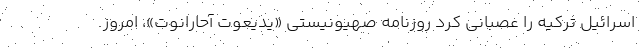
اسرائیل ترکیه را عصبانی کرد روزنامه صهیونیستی «یدیعوت آحارانوت»، امروز